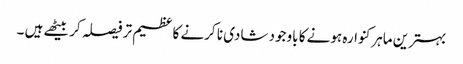
بہترین ماہرکنوارہ ہونے کا باوجود شادی نا کرنے کا عظیم تر فیصلہ کر بیٹھے ہیں ۔